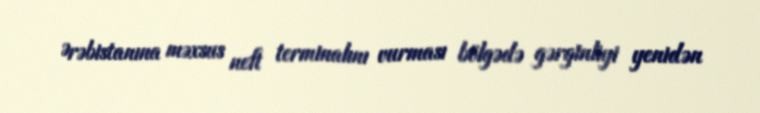
Ərəbistanına məxsus neft terminalını vurması bölgədə gərginliyi yenidən